Eesti_Vabariigi_Tartu_Ulikool, lk 5
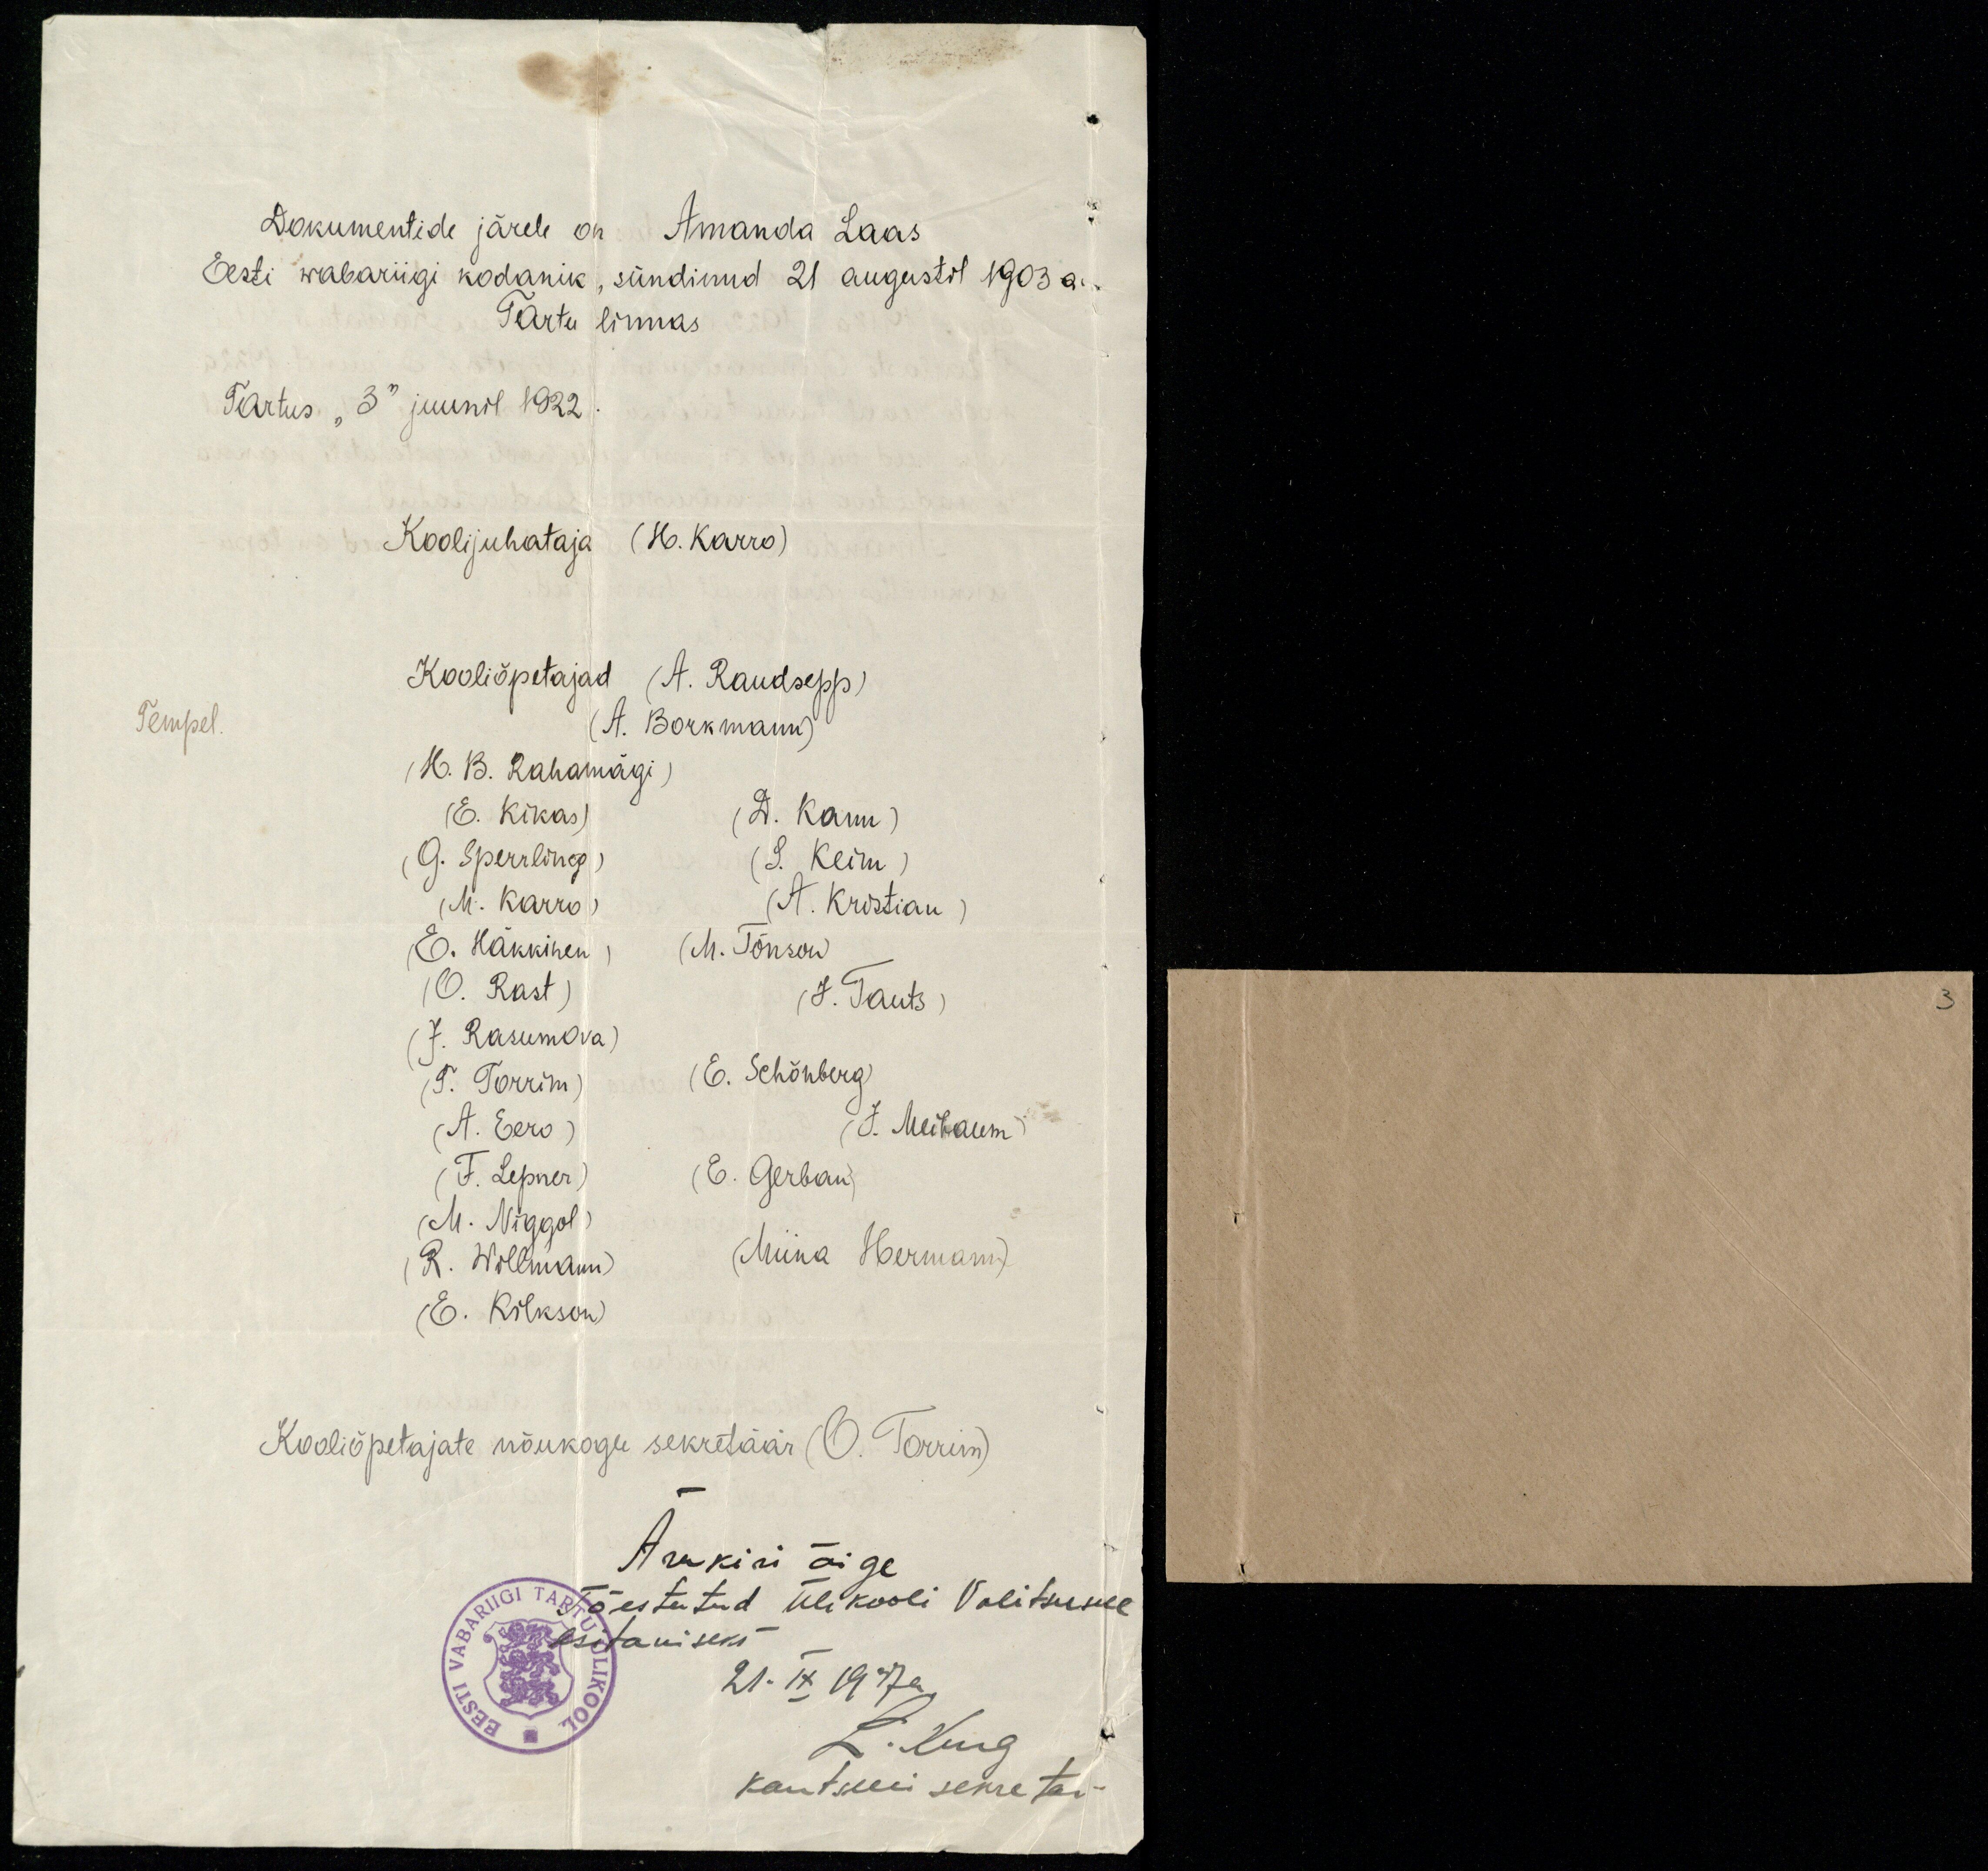
Dokumentide järele on Amanda Laas
Eesti wabariigi kodanik, sündinud 21 augustil 1903 a.
Tartu linnas
Tartus " 3" juunil 1922
Tempel
Koolijuhataja (H.Karro)
Kooliõpetajad (A. Raudsepp)
(A. Borkmann)
(H. B. Rahamägi)
(E. Kikas)
(D. Kann)
(G. Sperrling)
(L. Keim)
(M. Karro)
(A. Kristian)
(E. Häkkinen)
(M. Tõnson)
(O. Rast)
(J. Tauts)
(J. Rasumova)
(T. Torrim)
(E. Schõnberg)
(A. Eero)
(J. Meibaum)
(F. Lepner)
(E. Gerban)
(M. Niggol)
(R. Wollmann)
(Miina Hermann)
(E. Kilkson)
Kooliõpetajate nõukogu sekretäär (O. Torrim)
Ärakiri õige
Tõestatud Ülikooli Valitsusele
esitamiseks
21. IX 1917 a.
L. Kurg
kantselei sekretär